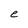
Character: e